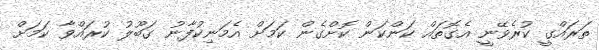
ތަރައްގީ ކުރެވޭނީ އެގޮތައް ކަންކަން ކޮށްގެން ކަމަށް އެމަނިކުފާނު ގަބޫލު ކުރައްވާ ކަމަށް